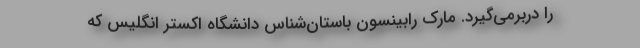
را دربرمی‌گیرد. مارک رابینسون باستان‌شناس دانشگاه اکستر انگلیس که